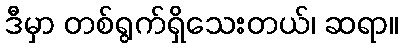
ဒီမှာ တစ်ရွက်ရှိသေးတယ်၊ ဆရာ။